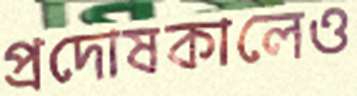
প্রদোষকালেও